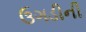
ઉગડીની